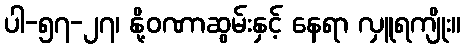
ပါ-၅၇-၂၇၊ နို့ဝဏာဆွမ်းနှင့် နေရာ လှူရကျိုး။